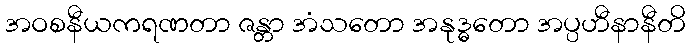
အဝစနီယကရဏတာ ဇန္တာ အံသတော အနုဒ္ဓတော အပ္ပဟီနာနီတိ